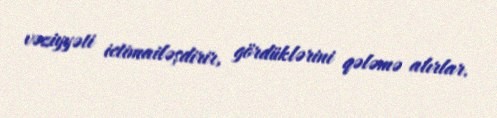
vəziyyəti ictimailəşdirir, gördüklərini qələmə alırlar.